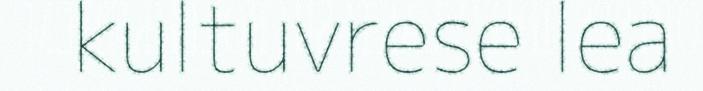
kultuvrese lea